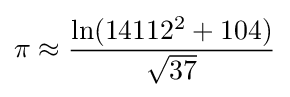
\pi \approx {\frac {\ln(14112^{2}+104)}{\sqrt {37}}}